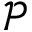
\mathcal { P }